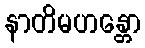
နာတိမဟန္တော